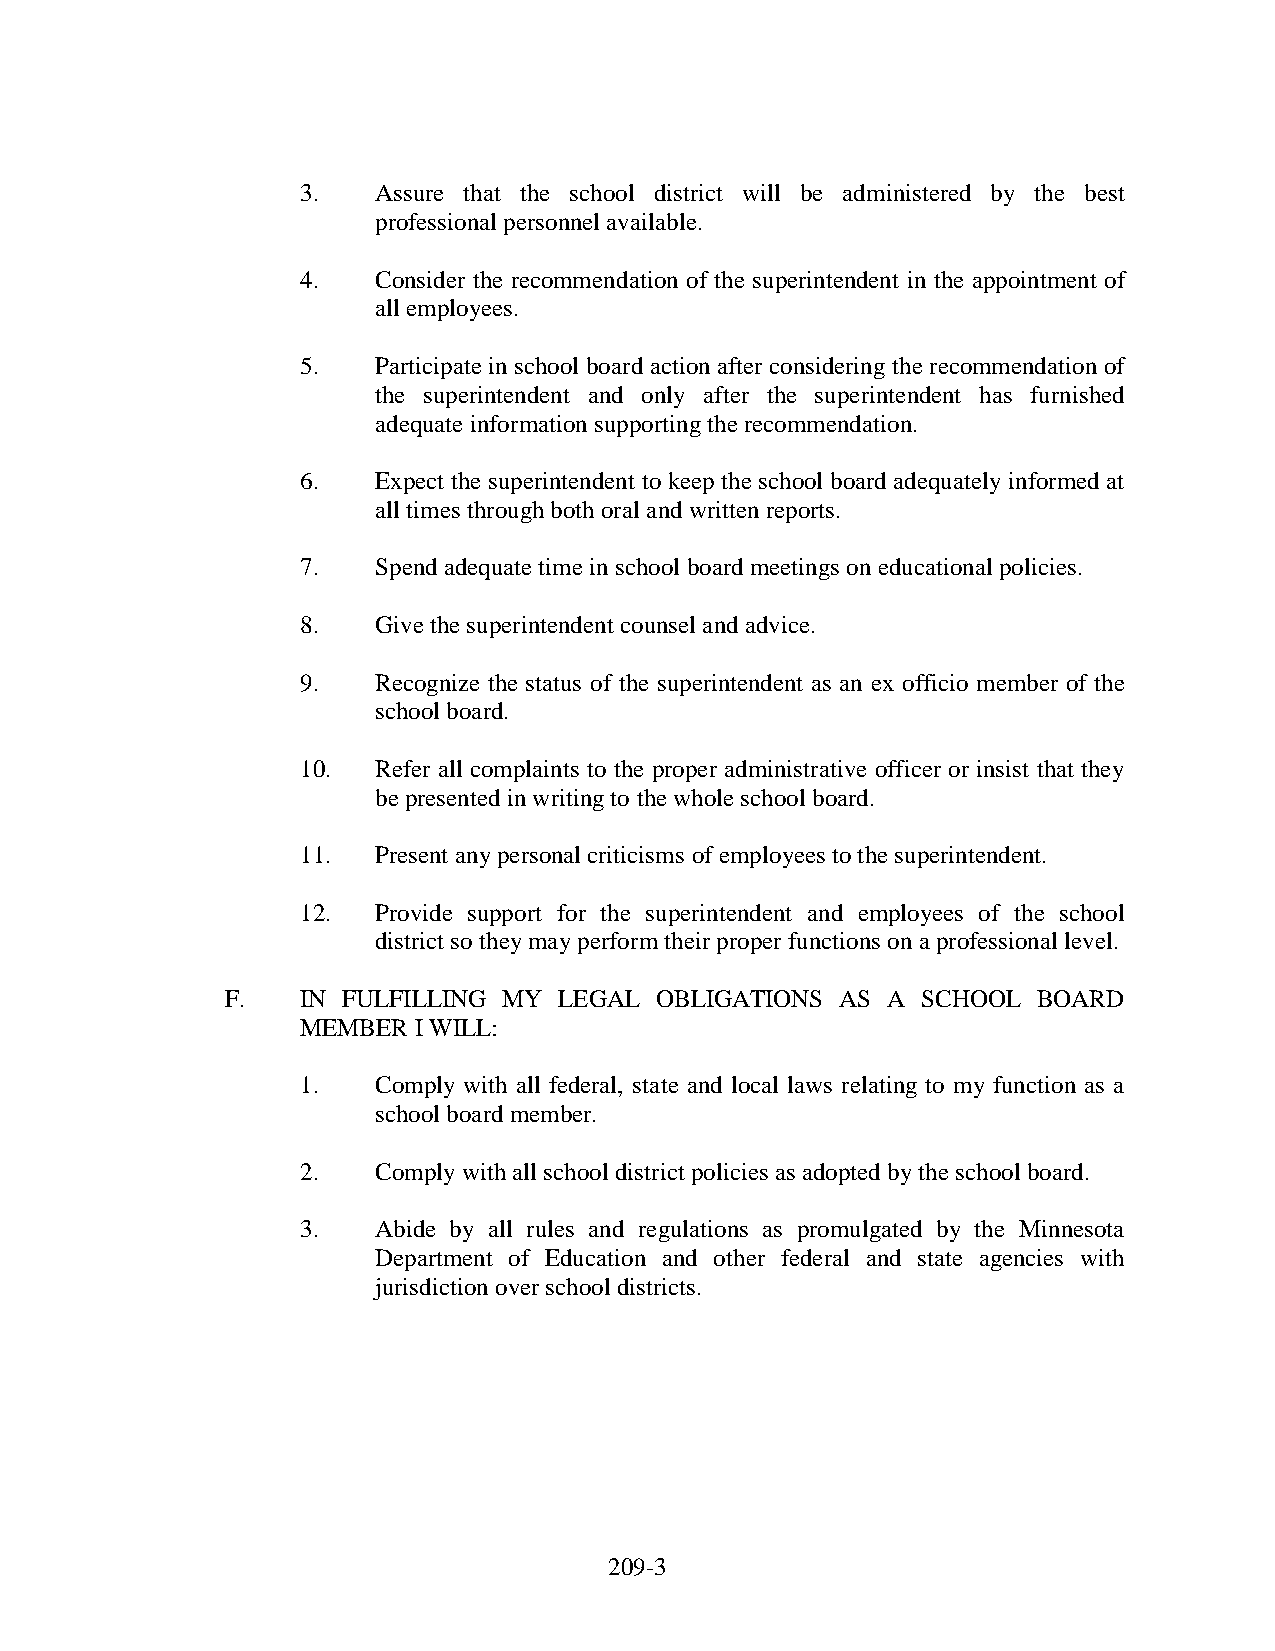
3.   Assure that the school district will be administered by the best
 professional personnel available.
 4.   Consider the recommendation of the superintendent in the appointment of
 all employees.
 5.   Participate in school board action after considering the recommendation of
 the superintendent and only after the superintendent has furnished
 adequate information supporting the recommendation.
 6.   Expect the superintendent to keep the school board adequately informed at
 all times through both oral and written reports.
 7.   Spend adequate time in school board meetings on educational policies.
 8.   Give the superintendent counsel and advice.
 9.   Recognize the status of the superintendent as an ex officio member of the
 school board.
 10.  Refer all complaints to the proper administrative officer or insist that they
 be presented in writing to the whole school board.
 11.  Present any personal criticisms of employees to the superintendent.
 12.  Provide support for the superintendent and employees of the school
 district so they may perform their proper functions on a professional level.
 F.   IN FULFILLING MY LEGAL OBLIGATIONS  AS A SCHOOL  BOARD
 MEMBER I WILL:
 1.   Comply with all federal, state and local laws relating to my function as a
 school board member.
 2.   Comply with all school district policies as adopted by the school board.
 3.   Abide by all rules and regulations as promulgated by the Minnesota
 Department of Education and other federal and state agencies with
 jurisdiction over school districts.
 209-3